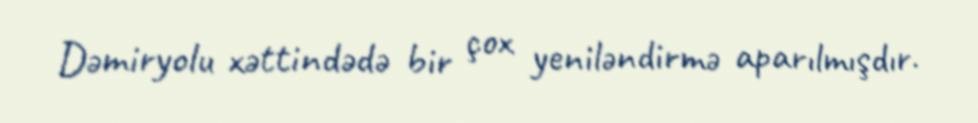
Dəmiryolu xəttindədə bir çox yeniləndirmə aparılmışdır.